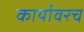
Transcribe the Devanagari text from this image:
कार्यावरच